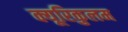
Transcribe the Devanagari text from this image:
क्यूरिकुलम